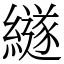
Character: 繸